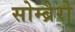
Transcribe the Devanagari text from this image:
सोम्ब्रेरो